255_t_763_r1b_transcripts
Agency: NASA
Incident date: 12/5/65
Incident location: Low Earth Orbit
Page 2
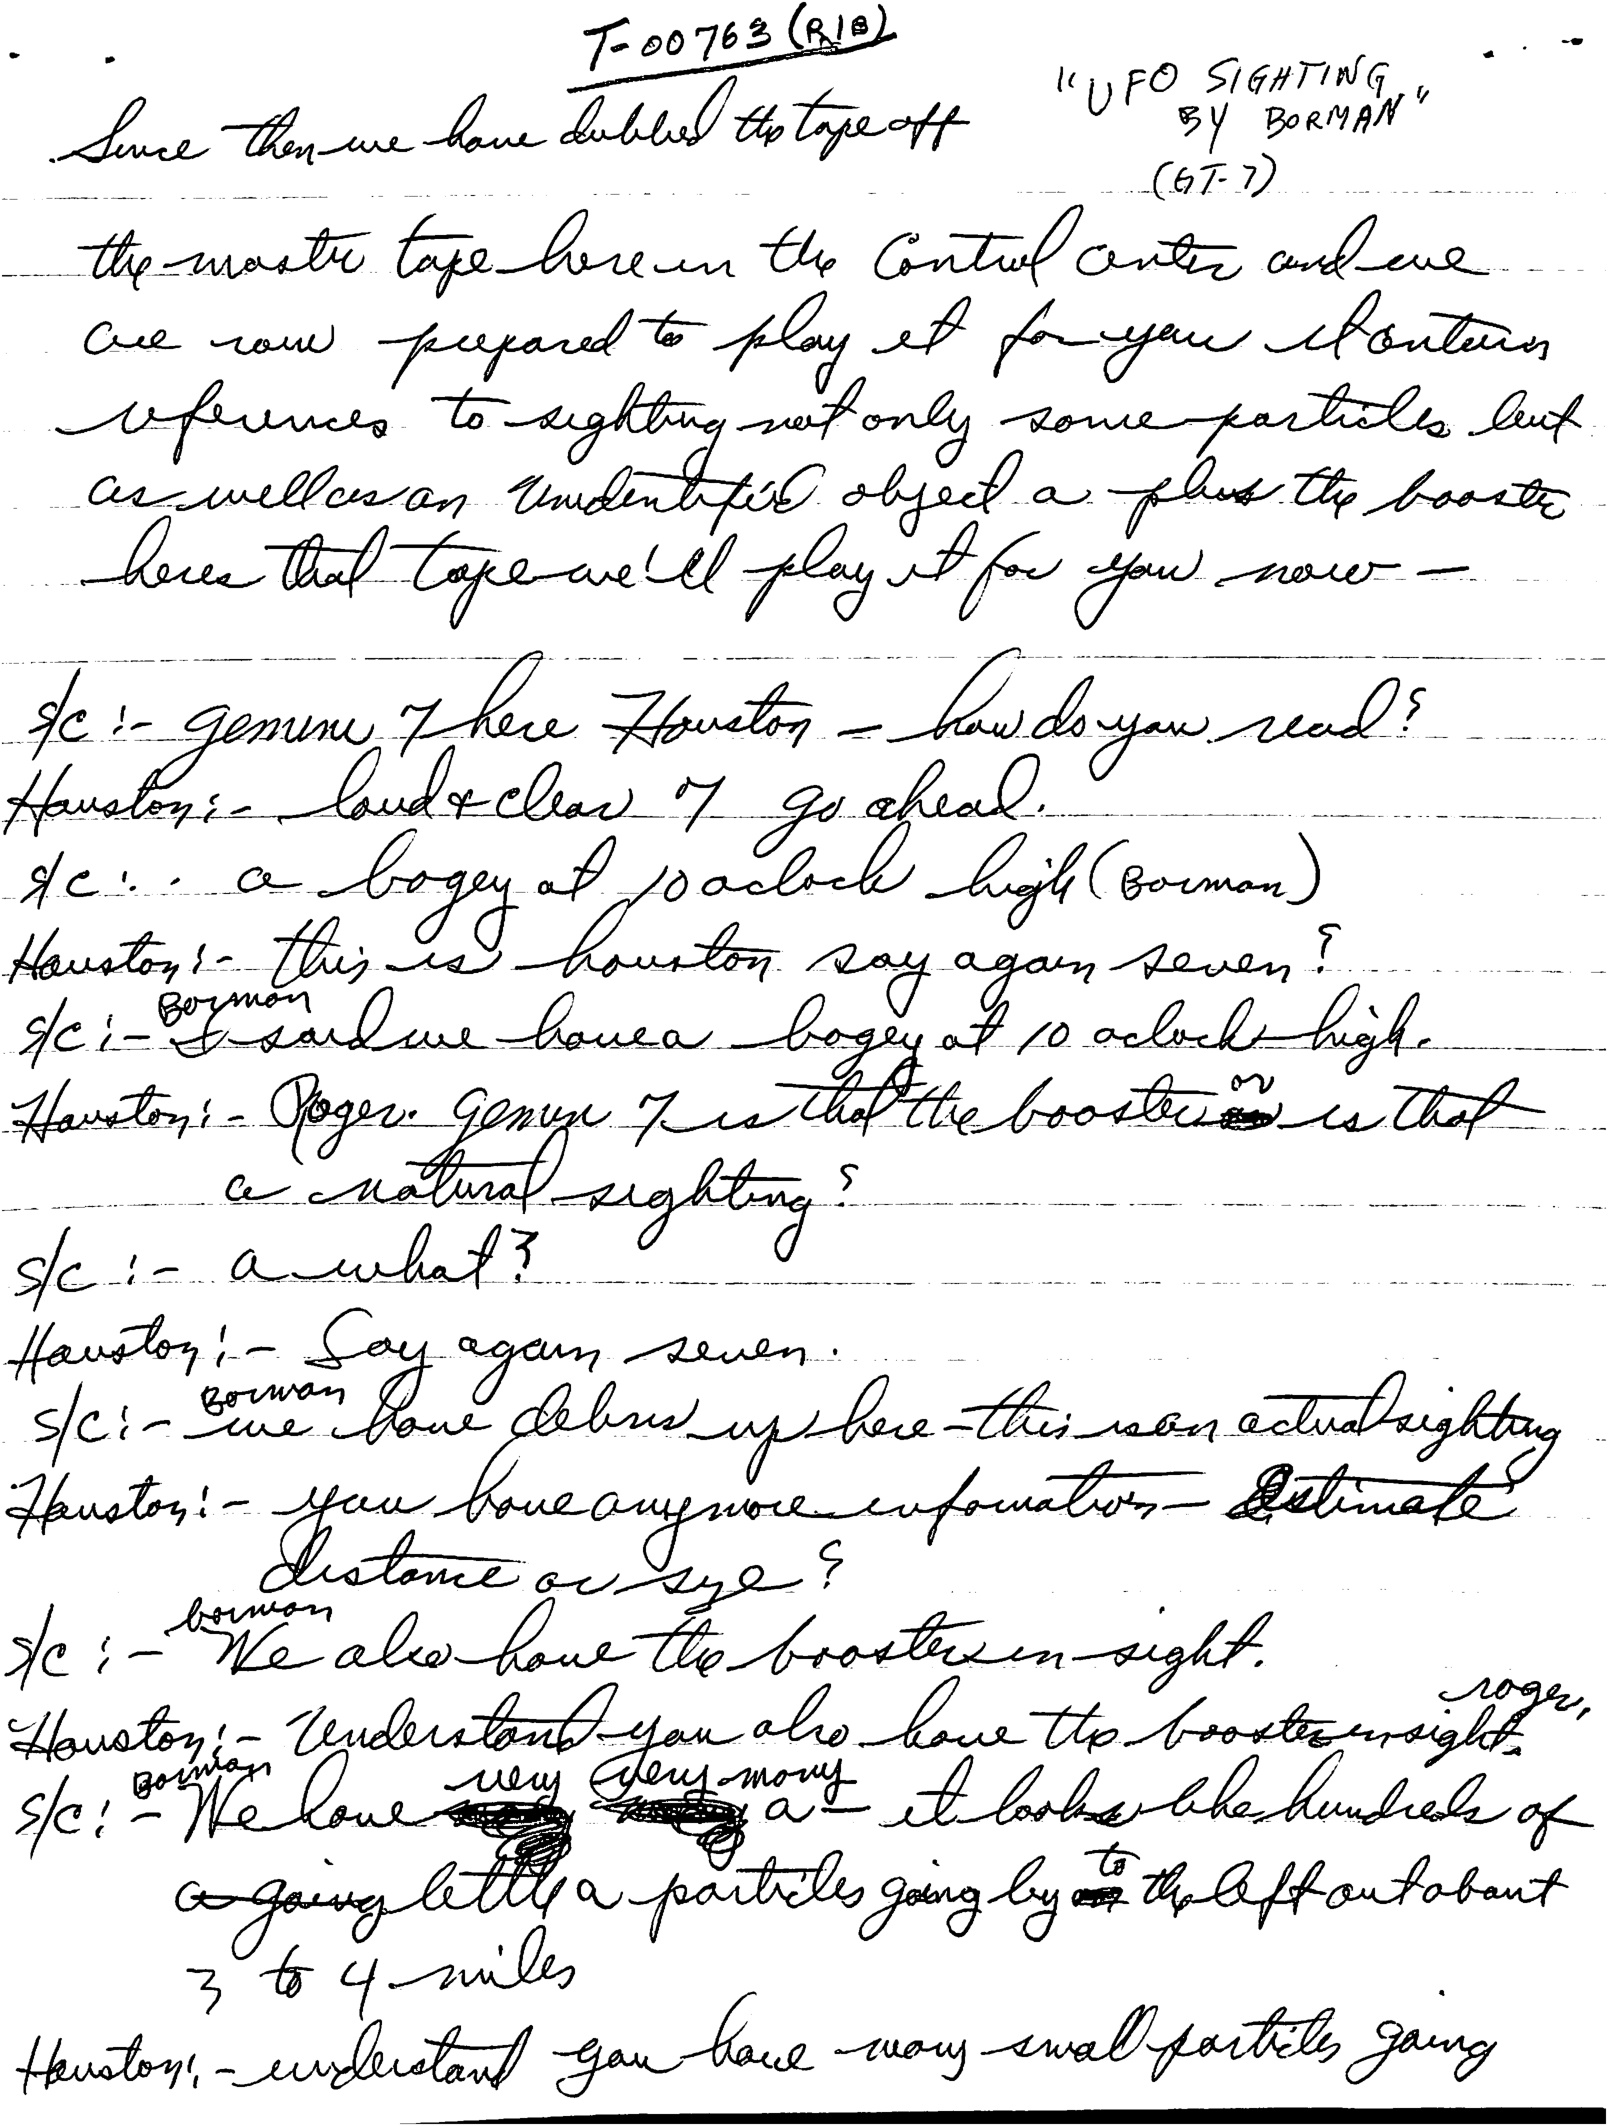